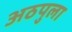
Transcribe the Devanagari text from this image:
अठपुला